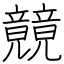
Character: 竸